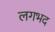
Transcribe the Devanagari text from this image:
लगभद